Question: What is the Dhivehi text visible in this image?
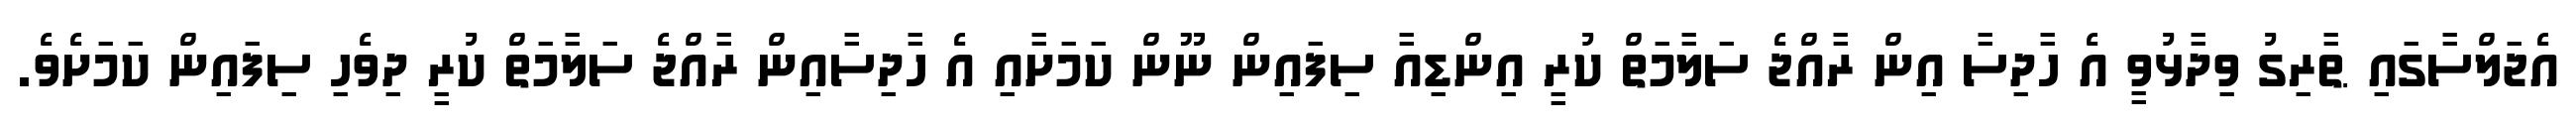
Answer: އެޖަލްސާގައި ޠާރިގު ވިދާޅުވީ އެ ހާދިސާ އިން ރާއްޖެ ސަލާމަތް ކުރީ އިންޑިއާ ސިފައިން ނޫން ކަމަށާއި އެ ހާދިސާއިން ރާއްޖެ ސަލާމަތް ކުރީ ދިވެހި ސިފައިން ކަމަށެވެ.